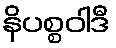
နိပစ္စဝါဒီ